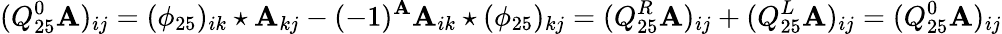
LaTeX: (Q_{25}^{0}\mathbf{A})_{ij}=(\phi_{25})_{ik}\star\mathbf{A}_{kj}-(-1)^{\mathbf{A}}\mathbf{A}_{ik}\star(\phi_{25})_{kj}=(Q_{25}^{R}\mathbf{A})_{ij}+(Q_{25}^{L}\mathbf{A})_{ij}=(Q_{25}^{0}\mathbf{A})_{ij}